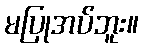
မပြုအပ်ဘူး။